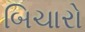
બિચારો